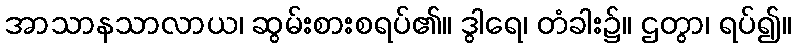
အာသာနသာလာယ၊ ဆွမ်းစားစရပ်၏။ ဒွါရေ၊ တံခါး၌။ ဌတွာ၊ ရပ်၍။